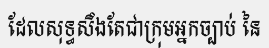
ដែលសុទ្ធសឹងតែជាក្រុមអ្នកច្បាប់ នៃ